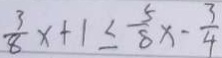
\frac { 3 } { 8 } x + 1 \leq \frac { 5 } { 8 } x - \frac { 3 } { 4 }